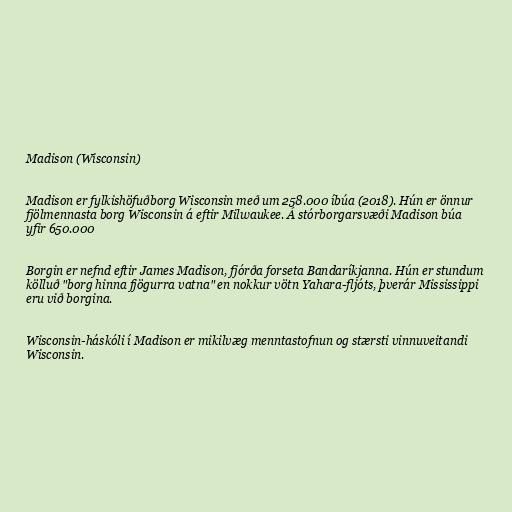
Madison (Wisconsin)

Madison er fylkishöfuðborg Wisconsin með um 258.000 íbúa (2018). Hún er önnur
fjölmennasta borg Wisconsin á eftir Milwaukee. Á stórborgarsvæði Madison búa
yfir 650.000

Borgin er nefnd eftir James Madison, fjórða forseta Bandaríkjanna. Hún er stundum
kölluð "borg hinna fjögurra vatna" en nokkur vötn Yahara-fljóts, þverár Mississippi
eru við borgina.

Wisconsin-háskóli í Madison er mikilvæg menntastofnun og stærsti vinnuveitandi
Wisconsin.